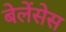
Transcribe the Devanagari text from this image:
बेलेंसेस